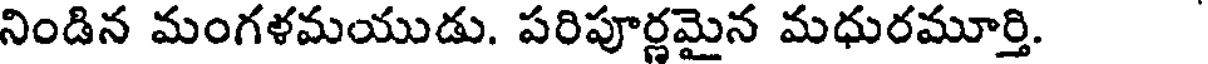
నిండిన మంగళమయుడు. పరిపూర్ణమైన మధురమూర్తి.